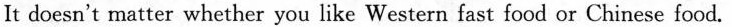
It doesn't matter whether you like Western fast food or Chinese food.